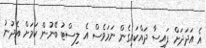
އެ އަދަދަށް ފައިސާ ދައްކައިގެން ނަމަވެސް އެ ލިސްޓު ބޭނުން ކަމަށް އެދުނު